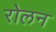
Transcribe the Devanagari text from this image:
रोलन